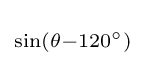
\scriptstyle \sin(\theta -120^{\circ })